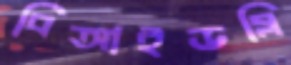
বিআইডব্লি